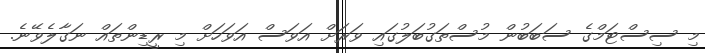
މި ސިސްޓަމްގެ ސަބަބުން މުސްތަގުބަލުގައި ވަރަށް އަވަސް އަވަހަށް މި ރީޑިންތައް ނަގާލެވޭނެ.